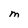
Character: M